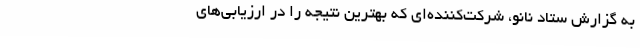
به گزارش ستاد نانو، شرکت‌کننده‌ای که بهترین نتیجه را در ارزیابی‌های